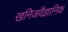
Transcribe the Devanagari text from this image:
खनिजवैज्ञानिक